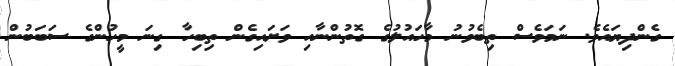
ގެންދިޔައެވެ. ނަމަވެސް ތިބެވުނު މާހައުލުގެ ގޮތުންނާއި ވަށައިގެން ތިބިހާ ގިނަ މީހުންގެ ސަބަބުން